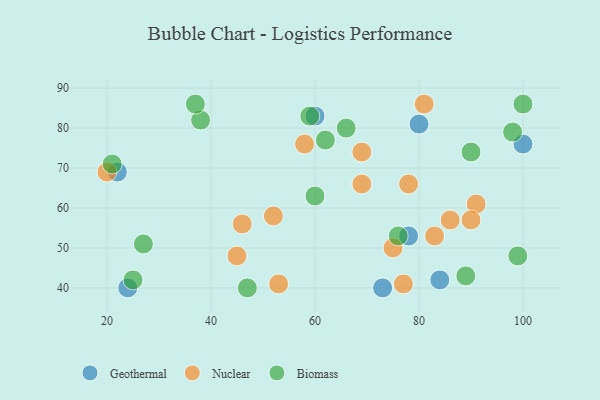
{"axis": {"x": "GDP", "y": "Life Expectancy"}, "legend": ["Biomass", "Geothermal", "Nuclear"], "data": [{"x": "84", "y": 42, "type": "Geothermal"}, {"x": "22", "y": 69, "type": "Geothermal"}, {"x": "24", "y": 40, "type": "Geothermal"}, {"x": "80", "y": 81, "type": "Geothermal"}, {"x": "78", "y": 53, "type": "Geothermal"}, {"x": "100", "y": 76, "type": "Geothermal"}, {"x": "60", "y": 83, "type": "Geothermal"}, {"x": "73", "y": 40, "type": "Geothermal"}, {"x": "45", "y": 48, "type": "Nuclear"}, {"x": "81", "y": 86, "type": "Nuclear"}, {"x": "83", "y": 53, "type": "Nuclear"}, {"x": "20", "y": 69, "type": "Nuclear"}, {"x": "78", "y": 66, "type": "Nuclear"}, {"x": "86", "y": 57, "type": "Nuclear"}, {"x": "91", "y": 61, "type": "Nuclear"}, {"x": "90", "y": 57, "type": "Nuclear"}, {"x": "58", "y": 76, "type": "Nuclear"}, {"x": "52", "y": 58, "type": "Nuclear"}, {"x": "75", "y": 50, "type": "Nuclear"}, {"x": "53", "y": 41, "type": "Nuclear"}, {"x": "69", "y": 66, "type": "Nuclear"}, {"x": "46", "y": 56, "type": "Nuclear"}, {"x": "77", "y": 41, "type": "Nuclear"}, {"x": "69", "y": 74, "type": "Nuclear"}, {"x": "59", "y": 83, "type": "Biomass"}, {"x": "90", "y": 74, "type": "Biomass"}, {"x": "38", "y": 82, "type": "Biomass"}, {"x": "62", "y": 77, "type": "Biomass"}, {"x": "66", "y": 80, "type": "Biomass"}, {"x": "21", "y": 71, "type": "Biomass"}, {"x": "100", "y": 86, "type": "Biomass"}, {"x": "27", "y": 51, "type": "Biomass"}, {"x": "47", "y": 40, "type": "Biomass"}, {"x": "76", "y": 53, "type": "Biomass"}, {"x": "99", "y": 48, "type": "Biomass"}, {"x": "89", "y": 43, "type": "Biomass"}, {"x": "25", "y": 42, "type": "Biomass"}, {"x": "60", "y": 63, "type": "Biomass"}, {"x": "37", "y": 86, "type": "Biomass"}, {"x": "98", "y": 79, "type": "Biomass"}]}